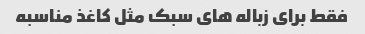
فقط برای زباله های سبک مثل کاغذ مناسبه